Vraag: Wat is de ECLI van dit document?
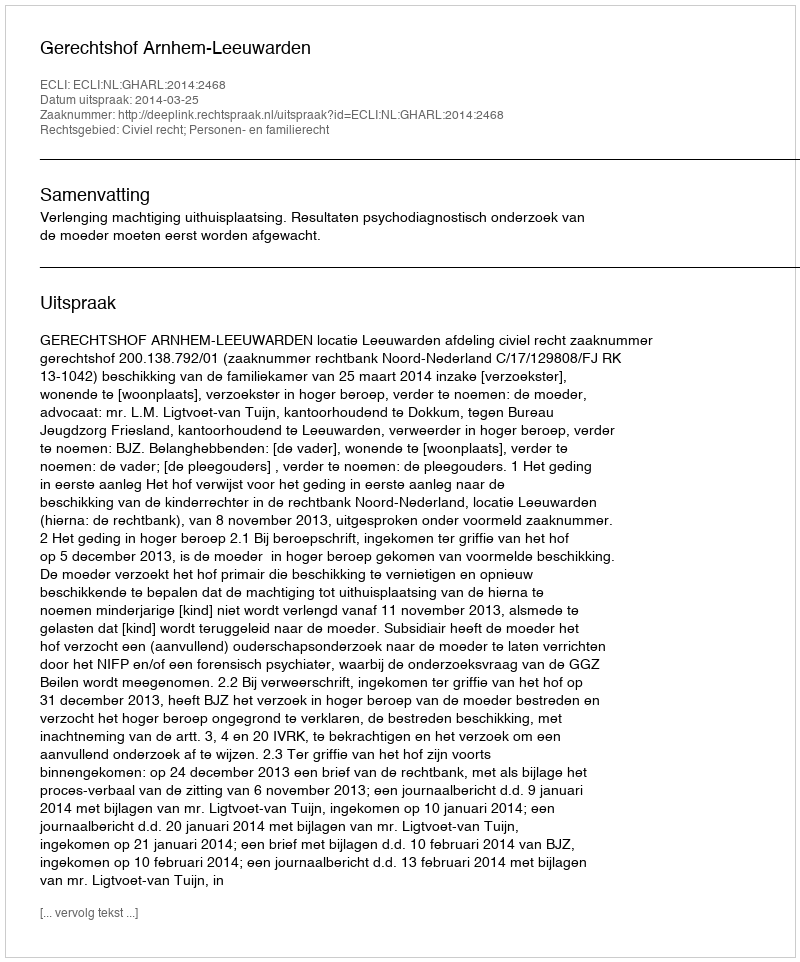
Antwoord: ECLI:NL:GHARL:2014:2468